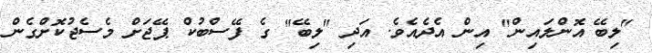
"ލިބޭ އޮންލައިން" އިން އެދެއެވެ. އަދި "ލިބޭ" ގެ ފޭސްބުކް ޕޭޖަށް މެސެޖުކޮށްގެން